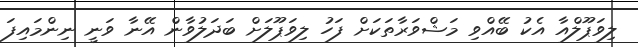
ލިވަޕޫލްއާ އެކު ބޭއްވި މަޝްވަރާތަކަށް ފަހު ލިވަޕޫލަށް ބަދަލުވާން އޭނާ ވަނީ ނިންމައިފަ